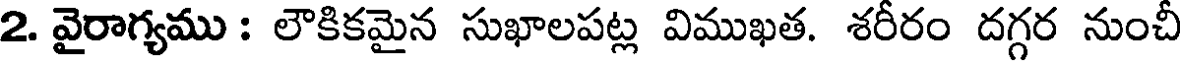
2. వైరాగ్యము : లౌకికమైన సుఖాలపట్ల విముఖత. శరీరం దగ్గర నుంచీ